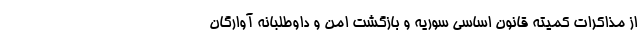
از مذاکرات کمیته قانون اساسی سوریه و بازگشت امن و داوطلبانه آوارگان